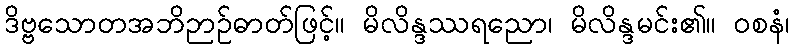
ဒိဗ္ဗသောတအဘိဉာဉ်ဓာတ်ဖြင့်။ မိလိန္ဒဿရညော၊ မိလိန္ဒမင်း၏။ ဝစနံ၊